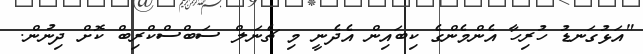
"އަޅުގަނޑު ހުރިހާ އެންމެންގެ ކިބައިން އެދެނީ މި ޗެނަލް ސަބްސްކްރިބް ކޮށް ދިނުން.